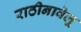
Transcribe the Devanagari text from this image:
राठीनावेलू